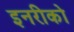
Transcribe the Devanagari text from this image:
इनरीको